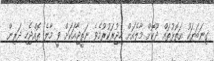
ގިނަބަޔަކު އަތޮޅުތައް ދޫކޮށް މާލެއަށް ހިޖުރަކުރުމެވެ ނަތީޖާއަކަށް ވީ މާލެ ތޮއްޖެހި ދަރިން